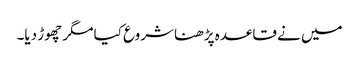
میں نے قاعدہ پڑھنا شروع کیا مگر چھوڑ دیا۔